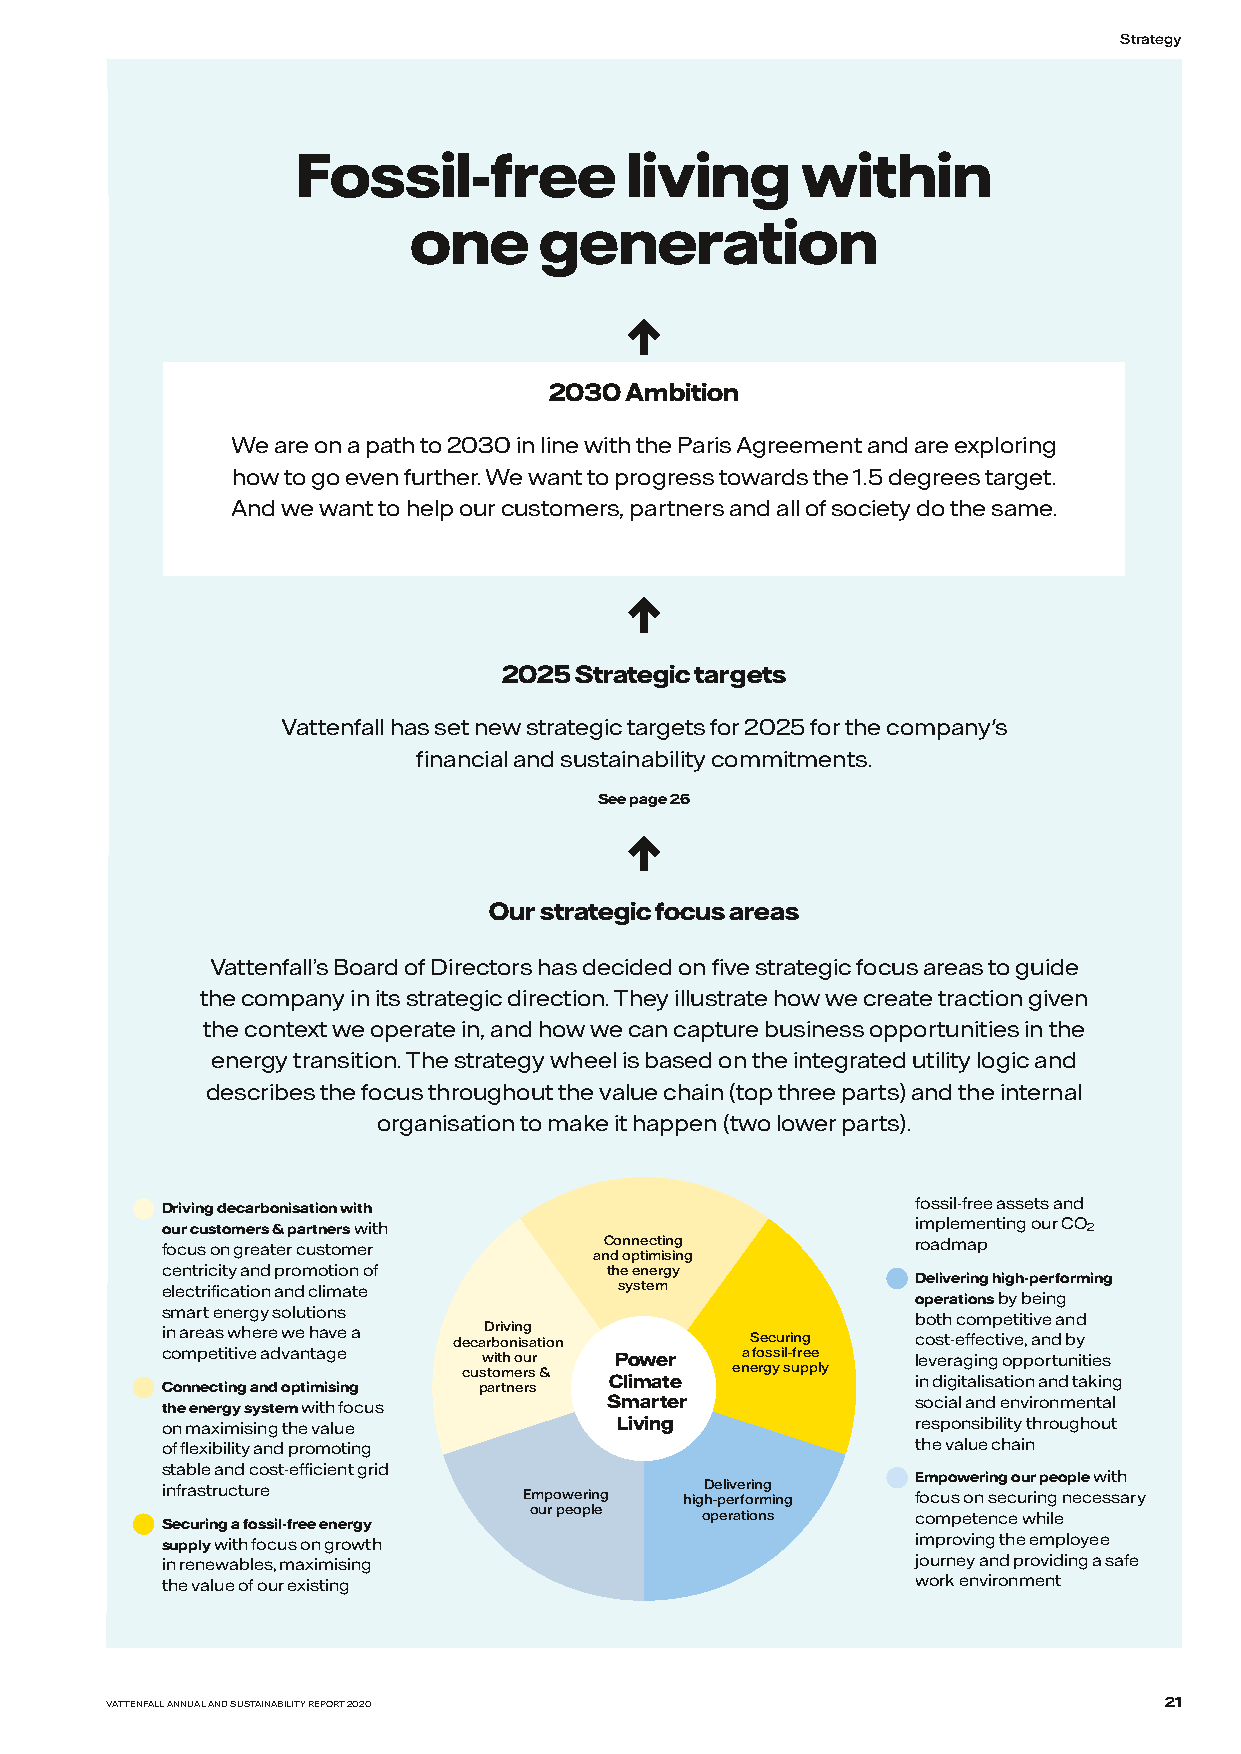
Strategy
 Fossil-free          living      within
 one      generation
 ↑
 2030 Ambition
 We are on a path to 2030 in line with the Paris Agreement and are exploring
 how to go even further. We want to progress towards the 1.5 degrees target.
 And we want to help our customers, partners and all of society do the same.
 ↑
 2025 Strategic targets
 Vattenfall has set new strategic targets for 2025 for the company's
 financial and sustainability commitments.
 See page 26
 ↑
 Our strategic focus areas
 Vattenfall’s Board of Directors has decided on five strategic focus areas to guide
 the company in its strategic direction. They illustrate how we create traction given
 the context we operate in, and how we can capture business opportunities in the
 energy transition. The strategy wheel is based on the integrated utility logic and
 describes the focus throughout the value chain (top three parts) and the internal
 organisation to make it happen (two lower parts).
 fossil-free assets and
 Driving decarbonisation with
 our customers & partners with                     implementing our CO2
 focus on greater customer    Connecting           roadmap
 and optimising
 centricity and promotion of  the energy
 Delivering high-performing
 electrification and climate   system
 operations by being
 smart energy solutions
 both competitive and
 in areas where we have a decaD rbri ov nin isg a tion Securing cost-effective, and by
 competitive advantage with our Power  a fossil-free leveraging opportunities
 customers &
 Climate
 energy supply
 in digitalisation and taking
 Connecting and optimising partners
 the energy system with focus Smarter              social and environmental
 on maximising the value       Living              responsibility throughout
 of flexibility and promoting                      the value chain
 stable and cost-efficient grid
 Empowering our people with
 infrastructure          Empowering highD -e pl eiv re fori rn mg ing focus on securing necessary
 our people operations     competence while
 Securing a fossil-free energy
 supply with focus on growth                       improving the employee
 in renewables, maximising                         journey and providing a safe
 the value of our existing                         work environment
 VATTENFALL ANNUAL AND SUSTAINABILITY REPORT 2020                      21